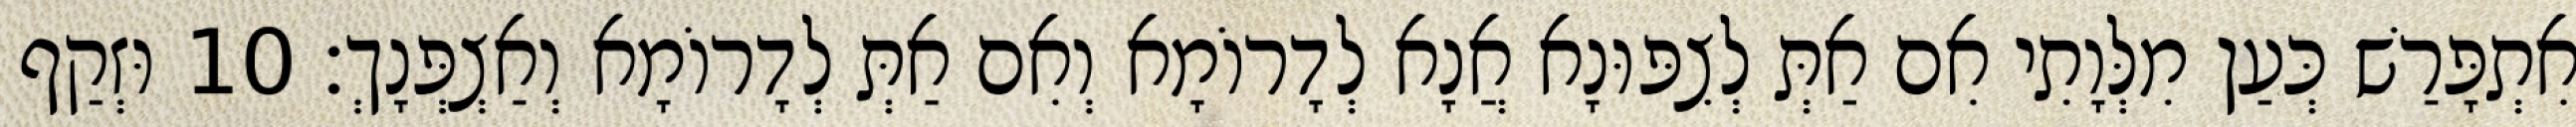
אִתְפָּרַשׁ כְּעַן מִלְּוָתִי אִם אַתְּ לְצִפּוּנָא אֲנָא לְדָרוֹמָא וְאִם אַתְּ לְדָרוֹמָא וְאַצְפְּנָךְ׃ 10 וּזְקַף